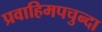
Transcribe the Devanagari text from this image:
प्रवाहिमपचुन्दा